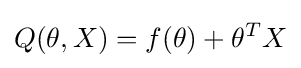
Q(\theta ,X)=f(\theta )+\theta ^{T}X